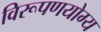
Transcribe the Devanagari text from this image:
विरूपणयोग्य